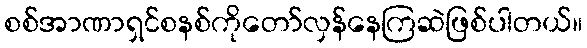
စစ်အာဏာရှင်စနစ်ကိုတော်လှန်နေကြဆဲဖြစ်ပါတယ်။